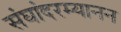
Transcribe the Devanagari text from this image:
संघांदरम्यानन